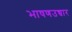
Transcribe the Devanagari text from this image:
भाषणउच्चार